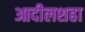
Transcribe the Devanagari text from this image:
आदीलशहा